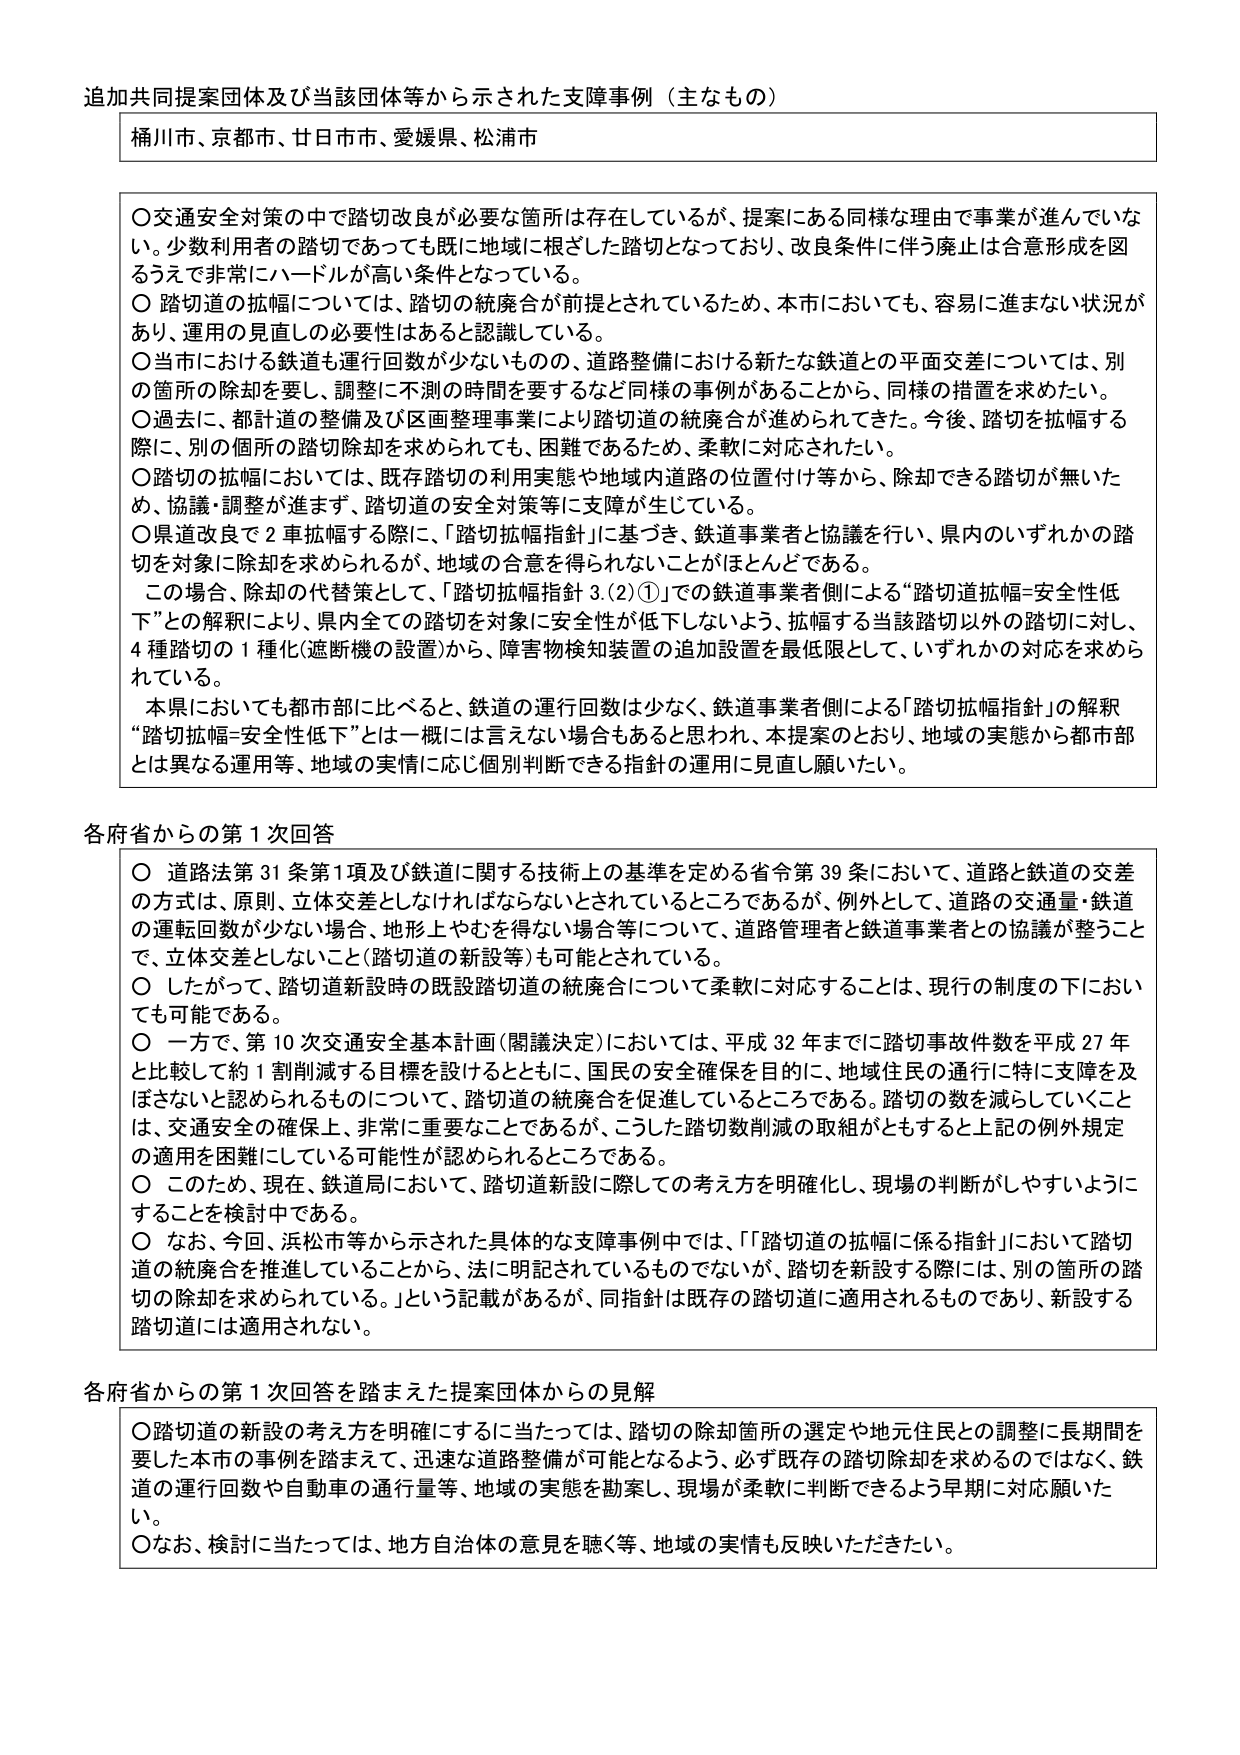
追加共同提案団体及び当該団体等から示された支障事例（主なもの）

桶川市、京都市、廿日市市、愛媛県、松浦市

○交通安全対策の中で踏切改良が必要な箇所は存在しているが、提案にある同様な理由で事業が進んでいない。少数利用者の踏切であっても既に地域に根ざした踏切となっており、改良条件に伴う廃止は合意形成を図ろうえで非常にハードルが高い条件となっている。
○踏切道の拡幅については、踏切の統廃合が前提とされているため、本市においても、容易に進まない状況があり、運用の見直しの必要性はあると認識している。
○当市における鉄道も運行回数が少ないものの、道路整備における新たな鉄道との平面交差については、別の箇所の除却を要し、調整に不測の時間を要するなど同様の事例があることから、同様の措置を求めたい。
○過去に、都計道の整備及び区画整理事業により踏切道の統廃合が進められてきた。今後、踏切を拡幅する際に、別の個所の踏切除却を求められても、困難であるため、柔軟に対応されたい。
○踏切の拡幅においては、既存踏切の利用実態や地域内道路の位置付け等から、除却できる踏切が無いため、協議・調整が進まず、踏切道の安全対策等に支障が生じている。
○県道改良で2車拡幅する際に、「踏切拡幅指針」に基づき、鉄道事業者と協議を行い、県内のいずれかの踏切を対象に除却を求められるが、地域の合意を得られないことがほとんどである。
　この場合、除却の代替策として、「踏切拡幅指針3.(2)①」での鉄道事業者側による“踏切道拡幅＝安全性低下”との解釈により、県内全ての踏切を対象に安全性が低下しないよう、拡幅する当該踏切以外の踏切に対し、4種踏切の1種化（遮断機の設置）から、障害物検知装置の追加設置を最低限として、いずれかの対応を求められている。
　本県においても都市部に比べると、鉄道の運行回数は少なく、鉄道事業者側による「踏切拡幅指針」の解釈“踏切拡幅＝安全性低下”とは一概には言えない場合もあると思われ、本提案のとおり、地域の実情から都市部とは異なる運用等、地域の実情に応じ個別判断できる指針の運用に見直し願いたい。

各府省からの第1次回答

○道路法第31条第1項及び鉄道に関する技術上の基準を定める省令第39条において、道路と鉄道の交差の方式は、原則、立体交差としなければならないとされているところであるが、例外として、道路の交通量・鉄道の運転回数が少ない場合、地形上やむを得ない場合等について、道路管理者と鉄道事業者との協議が整うことで、立体交差としないこと（踏切道の新設等）も可能とされている。
○したがって、踏切道新設時の既設踏切道の統廃合について柔軟に対応することは、現行の制度の下においても可能である。
○一方で、第10次交通安全基本計画（閣議決定）においては、平成32年までに踏切事故件数を平成27年と比較して約1割削減する目標を設けるとともに、国民の安全確保を目的に、地域住民の通行に特に支障を及ぼさないと認められるものについて、踏切道の統廃合を促進しているところである。踏切の数を減らしていくことは、交通安全の確保上、非常に重要なことであるが、こうした踏切数削減の取組がとめると上記の例外規定の適用を困難にしている可能性が認められるところである。
○このため、現在、鉄道局において、踏切道新設に際しての考え方を明確化し、現場の判断がしやすいようにすることを検討中である。
○なお、今回、浜松市等から示された具体的な支障事例中では、「『踏切道の拡幅に係る指針』において踏切道の統廃合を推進していることから、法に明記されているものではないが、踏切を新設する際には、別の箇所の踏切の除却を求められている。」という記載があるが、同指針は既存の踏切道に適用されるものであり、新設する踏切道には適用されない。

各府省からの第1次回答を踏まえた提案団体からの見解

○踏切道の新設の考え方を明確にするに当たっては、踏切の除却箇所の選定や地元住民との調整に長期間を要した本市の事例を踏まえて、迅速な道路整備が可能となるよう、必ず既存の踏切除却を求めるのではなく、鉄道の運行回数や自動車の通行量等、地域の実態を勘案し、現場が柔軟に判断できるよう早期に対応願いたい。
○なお、検討に当たっては、地方自治体の意見を聴く等、地域の実情も反映いただきたい。